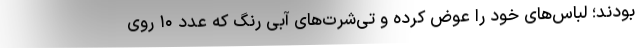
بودند؛ لباس‌های خود را عوض کرده و تی‌شرت‌های آبی رنگ که عدد ۱۰ روی